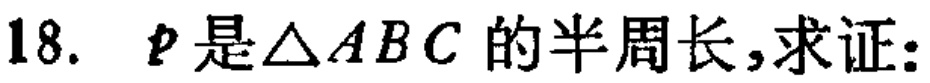
18. \(p\)是\(\triangle ABC\)的半周长,求证: